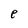
Character: e